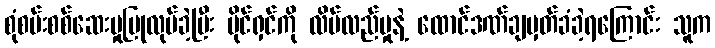
စုံစမ်းစစ်ဆေးမှုပြုလုပ်ခဲ့ပြီး ပိုင်ရှင်ကို လိမ်လည်မှုနဲ့ ထောင်ဒဏ်ချမှတ်ခံခဲ့ရကြောင်း သူက